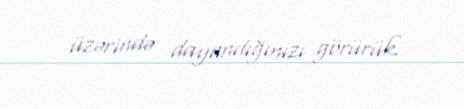
üzərində dayandığınızı görürük.